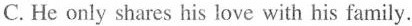
C. He only shares his love with his family.